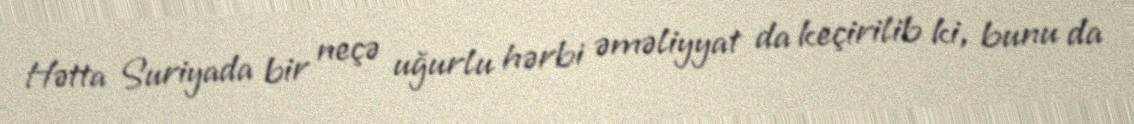
Hətta Suriyada bir neçə uğurlu hərbi əməliyyat da keçirilib ki, bunu da